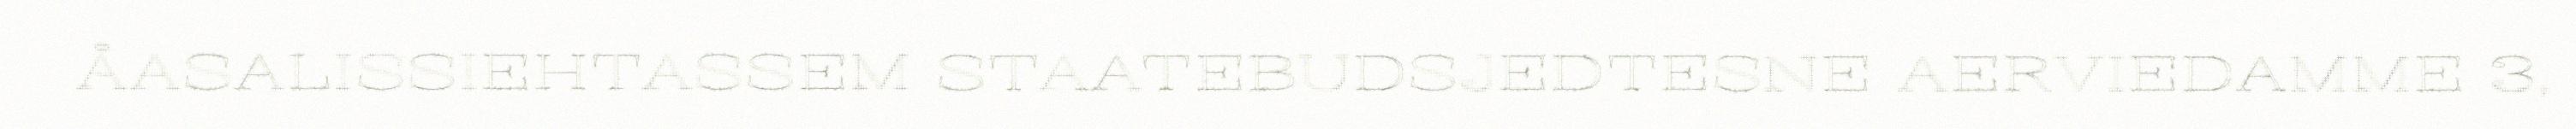
ÅASALISSIEHTASSEM STAATEBUDSJEDTESNE AERVIEDAMME 3,